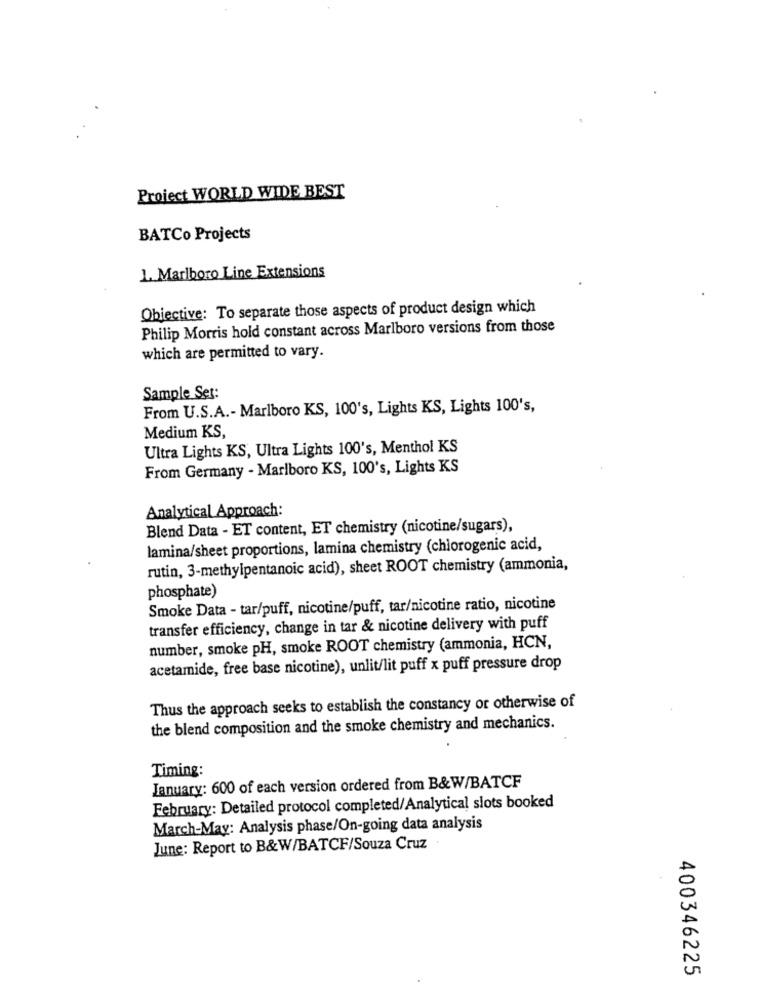
Project WORLD WIDE BEST
BATCo Projects
1. Marlboro Line Extensions
Objective: To separate those aspects of product design which
Philip Morris hold constant across Marlboro versions from those
which are permitted to vary.
Sample Set:
From U.S.A .- Marlboro KS, 100's, Lights KS, Lights 100's,
Medium KS,
Ultra Lights KS, Ultra Lights 100's, Menthol KS
From Germany - Marlboro KS, 100's, Lights KS
Analytical Approach:
Blend Data - ET content, ET chemistry (nicotine/sugars),
lamina/sheet proportions, lamina chemistry (chlorogenic acid,
rutin, 3-methylpentanoic acid), sheet ROOT chemistry (ammonia,
phosphate)
Smoke Data - tar/puff, nicotine/puff, tar/nicotine ratio, nicotine
transfer efficiency, change in tar & nicotine delivery with puff
number, smoke pH, smoke ROOT chemistry (ammonia, HCN,
acetamide, free base nicotine), unlit/lit puff x puff pressure drop
Thus the approach seeks to establish the constancy or otherwise of
the blend composition and the smoke chemistry and mechanics.
Timing:
January: 600 of each version ordered from B&W/BATCF
February: Detailed protocol completed/Analytical slots booked
March-May: Analysis phase/On-going data analysis
June: Report to B&W/BATCF/Souza Cruz
400346225